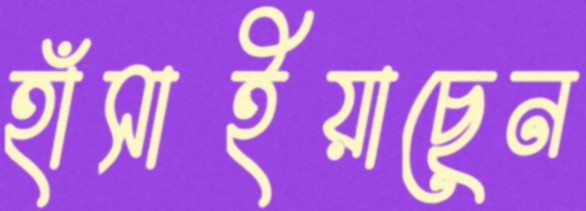
হাঁসাইয়াছেন